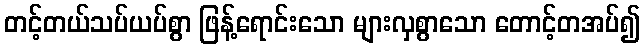
တင့်တယ်သပ်ယပ်စွာ ဖြန့်ရောင်းသော များလှစွာသော တောင့်တအပ်၍